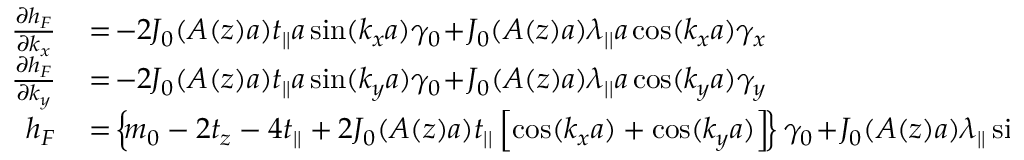
\begin{array} { r l } { \frac { \partial h _ { F } } { \partial k _ { x } } } & { { } \! = \! - 2 { \cal J } _ { 0 } ( A ( z ) a ) t _ { | | } a \sin ( k _ { x } a ) \gamma _ { 0 } \! + \! { \cal J } _ { 0 } ( A ( z ) a ) \lambda _ { | | } a \cos ( k _ { x } a ) \gamma _ { x } } \\ { \frac { \partial h _ { F } } { \partial k _ { y } } } & { { } \! = \! - 2 { \cal J } _ { 0 } ( A ( z ) a ) t _ { | | } a \sin ( k _ { y } a ) \gamma _ { 0 } \! + \! { \cal J } _ { 0 } ( A ( z ) a ) \lambda _ { | | } a \cos ( k _ { y } a ) \gamma _ { y } } \\ { h _ { F } } & { { } \! = \! \left\{ \! m _ { 0 } - 2 t _ { z } - 4 t _ { | | } + 2 { \cal J } _ { 0 } ( A ( z ) a ) t _ { | | } \left[ \cos ( k _ { x } a ) + \cos ( k _ { y } a ) \right] \! \right\} \gamma _ { 0 } \! + \! { \cal J } _ { 0 } ( A ( z ) a ) \lambda _ { | | } \sin ( k _ { x } a ) \gamma _ { x } \! + \! { \cal J } _ { 0 } ( A ( z ) a ) \lambda _ { | | } \sin ( k _ { y } a ) \gamma _ { y } } \end{array}